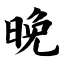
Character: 晚